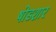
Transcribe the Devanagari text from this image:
षोडशार